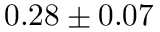
0 . 2 8 \pm 0 . 0 7